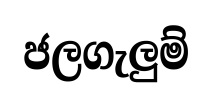
ජලගැලුම්